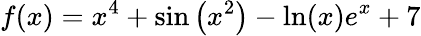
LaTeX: f(x)=x^{4}+\sin\left(x^{2}\right)-\ln(x)e^{x}+7